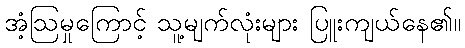
အံ့ဩမှုကြောင့် သူ့မျက်လုံးများ ပြူးကျယ်နေ၏။